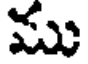
ము